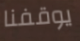
يوقفنا